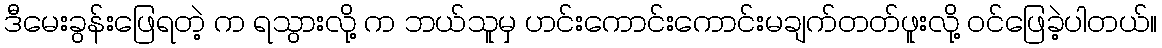
ဒီမေးခွန်းဖြေရတဲ့ က ရသွားလို့ က ဘယ်သူမှ ဟင်းကောင်းကောင်းမချက်တတ်ဖူးလို့ ဝင်ဖြေခဲ့ပါတယ်။